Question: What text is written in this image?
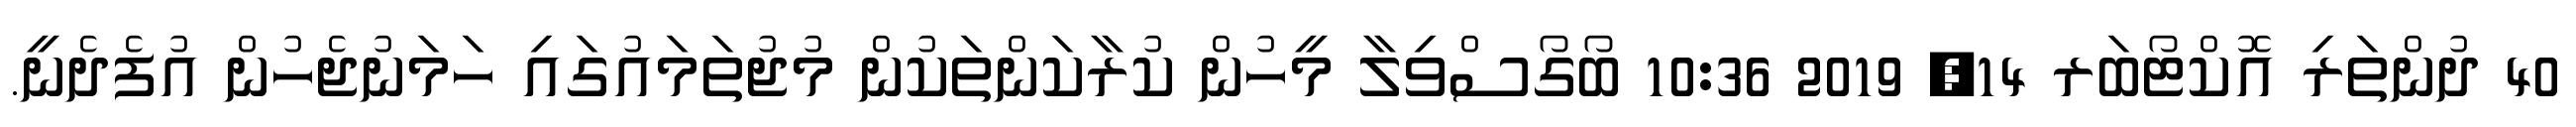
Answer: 40 ދުންތަރި އޮކްޓޯބަރ 14, 2019 10:36 ބޯގޯސްވިލާ މީހުން ކުރާކަންތަކުން މުޖުތަމައުގައި ހަމަނުޖެހުން އުފެދެނީ.